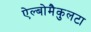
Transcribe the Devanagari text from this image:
ऐल्बोमैकुलटा